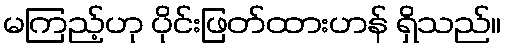
မကြည့်ဟု ပိုင်းဖြတ်ထားဟန် ရှိသည်။